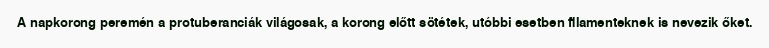
A napkorong peremén a protuberanciák világosak, a korong előtt sötétek, utóbbi esetben filamenteknek is nevezik őket.